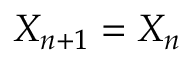
X _ { n + 1 } = X _ { n }